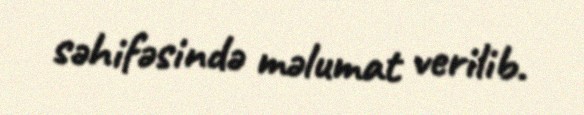
səhifəsində məlumat verilib.